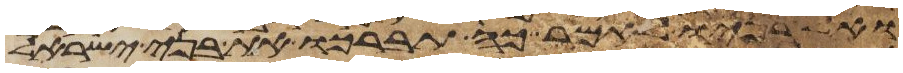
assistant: ואל בניו לאמר כה תברכו את בני ישראל